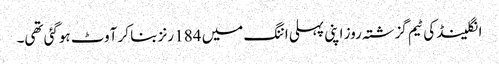
انگلینڈ کی ٹیم گزشتہ روز اپنی پہلی اننگ میں 184 رنز بنا کر آوٹ ہوگئی تھی۔